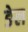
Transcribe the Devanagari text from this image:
ङेल